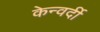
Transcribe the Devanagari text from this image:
केन्वर्दी